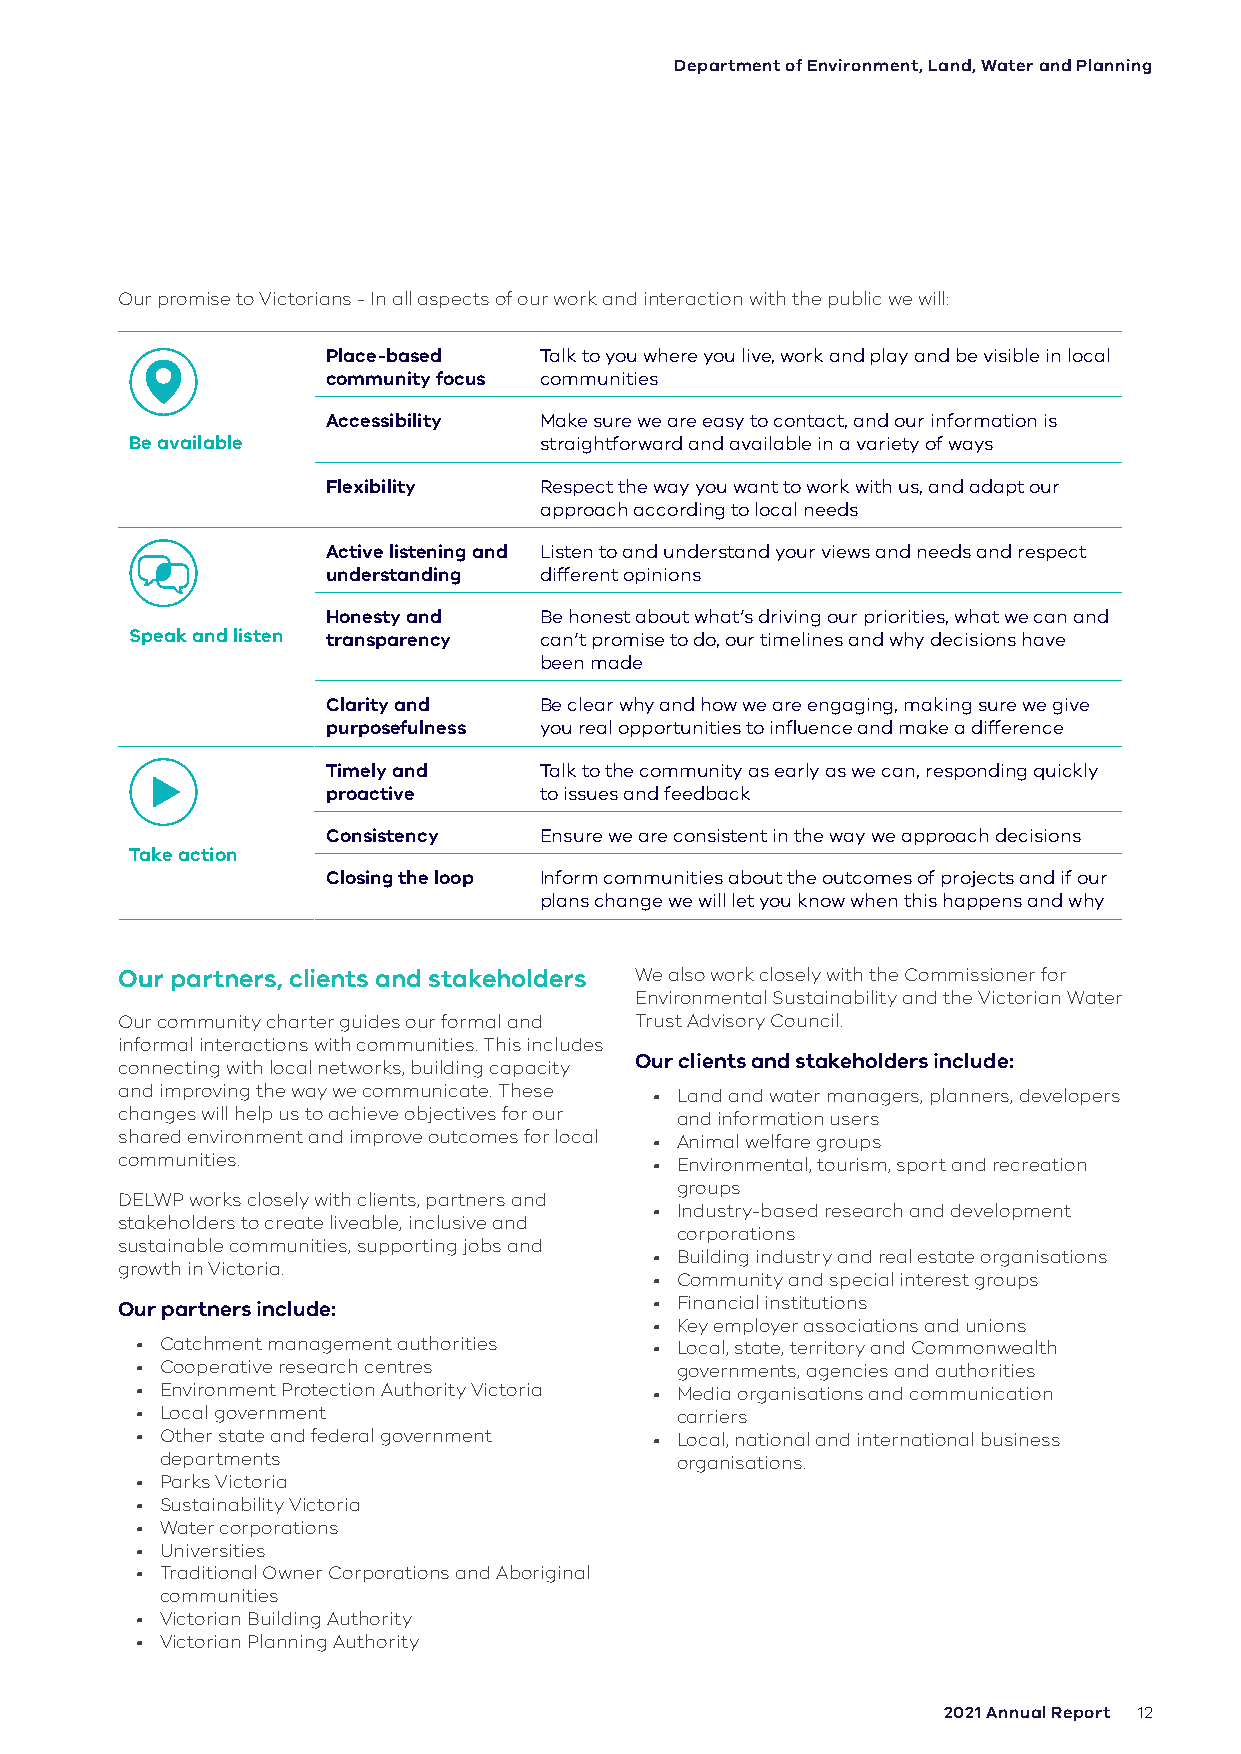
Department of Environment, Land, Water and Planning
 Our promise to Victorians - In all aspects of our work and interaction with the public we will:
 Place-based   Talk to you where you live, work and play and be visible in local
 community focus communities
 Accessibility Make sure we are easy to contact, and our information is
 Be available               straightforward and available in a variety of ways
 Flexibility   Respect the way you want to work with us, and adapt our
 approach according to local needs
 Active listening and Listen to and understand your views and needs and respect
 understanding different opinions
 Honesty and   Be honest about what’s driving our priorities, what we can and
 Speak and listen transparency can’t promise to do, our timelines and why decisions have
 been made
 Clarity and   Be clear why and how we are engaging, making sure we give
 purposefulness you real opportunities to influence and make a difference
 Timely and    Talk to the community as early as we can, responding quickly
 proactive     to issues and feedback
 Consistency   Ensure we are consistent in the way we approach decisions
 Take action
 Closing the loop Inform communities about the outcomes of projects and if our
 plans change we will let you know when this happens and why
 Our partners, clients and stakeholders We also work closely with the Commissioner for
 Environmental Sustainability and the Victorian Water
 Our community charter guides our formal and Trust Advisory Council.
 informal interactions with communities. This includes
 Our clients and stakeholders include:
 connecting with local networks, building capacity
 and improving the way we communicate. These • Land and water managers, planners, developers
 changes will help us to achieve objectives for our and information users
 shared environment and improve outcomes for local • Animal welfare groups
 communities.                       • Environmental, tourism, sport and recreation
 groups
 DELWP works closely with clients, partners and
 • Industry-based research and development
 stakeholders to create liveable, inclusive and
 corporations
 sustainable communities, supporting jobs and
 • Building industry and real estate organisations
 growth in Victoria.
 • Community and special interest groups
 Our partners include:              • Financial institutions
 • Key employer associations and unions
 • Catchment management authorities • Local, state, territory and Commonwealth
 • Cooperative research centres      governments, agencies and authorities
 • Environment Protection Authority Victoria • Media organisations and communication
 • Local government                  carriers
 • Other state and federal government • Local, national and international business
 departments                       organisations.
 • Parks Victoria
 • Sustainability Victoria
 • Water corporations
 • Universities
 • Traditional Owner Corporations and Aboriginal
 communities
 • Victorian Building Authority
 • Victorian Planning Authority
 2021 Annual Report 12